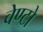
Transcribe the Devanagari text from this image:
वेण्टो